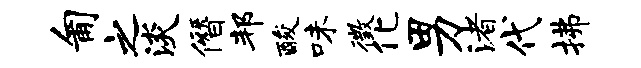
匍之淡僭邦酸味徵化男渚代拂